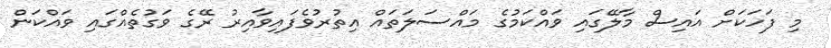
މި ފަހަކަށް އައިސް މާލޭގައި ވައްކަމުގެ މައްސަލަތައް އިތުރުވެފައިވާއިރު ރޭގެ ވަގުތެއްގައި ވައްކަން